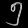
Digit: ၅